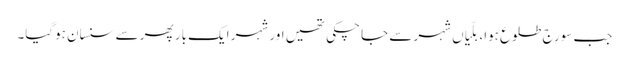
جب سورج طلوع ہوا، بلّیاں شہر سے جا چکی تھیں اور شہر ایک بار پھر سے سنسان ہوگیا۔